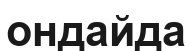
ондайда